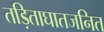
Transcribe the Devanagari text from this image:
तड़िताघातजनित